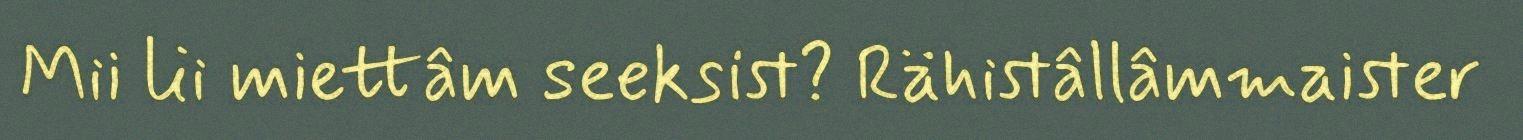
Mii lii miettâm seeksist? Rähistâllâmmaister